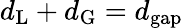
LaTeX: d_{\mathrm{L}}+d_{\mathrm{G}}=d_{\mathrm{gap}}